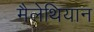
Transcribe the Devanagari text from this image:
मैलेथियान